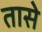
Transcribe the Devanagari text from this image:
तासे